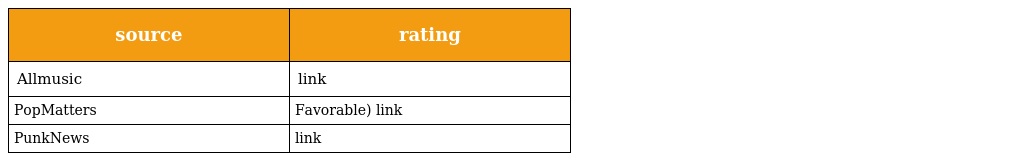
| source | rating |
 | --- | --- |
 | Allmusic | link |
 | PopMatters | Favorable) link |
 | PunkNews | link |